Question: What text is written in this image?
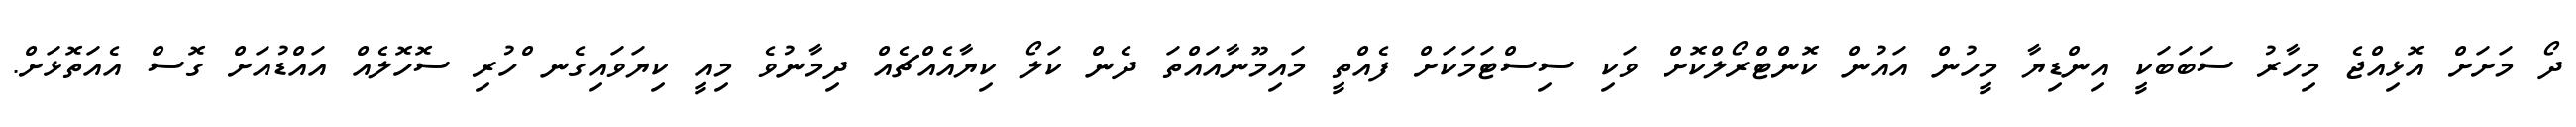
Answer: ދޯ މަށަށް އޮޅިއްޖެ މިހާރު ސަބަބަކީ އިންޑިޔާ މީހުން އައުން ކޮންޓްރޯލްކޮށް ވަކި ސިސްޓަމަކަށް ފެއްތީ މައިމޫނާއައްތަ ދެން ކަލޯ ކިޔާއެއްޗެއް ދިމާނުވެ މިއީ ކިޔަވައިގެނ ްހުރި ސޮހޮލެއް އައްޑުއަށް ގޮސް އެއަތޮޅަށް.